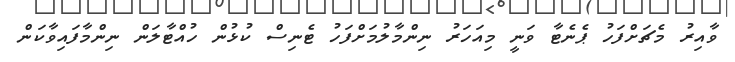
ވާއިރު މެޗަށްފަހު ޕެނެޓާ ވަނީ މިއަހަރު ނިންމާލުމަށްފަހު ޓެނިސް ކުޅުން ހުއްޓާލަން ނިންމާފައިވާކަން